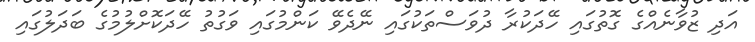
އަދި ޒުވާނެއްގެ ގޮތުގައި ހޭދަކުރާ ދުވަސްތަކުގައި ނޭދެވޭ ކަންމުގައި ވަގުތު ހޭދަކޮށްލުމުގެ ބަދަލުގައި